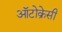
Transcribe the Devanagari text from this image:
ऑटोक्रेसी